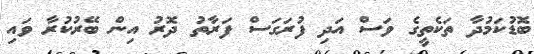
ބޮޑުކަމުދާ ތަކެތީގެ ވަސް އަދި ފުރަގަސް ފަރާތު ދޮރު އިން ބޭރުކުރާ ވައި